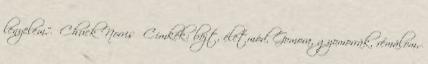
lenyelem.” Chuck Norris Címkék: böjt, életmód, Gomora, gyomorrák, rémálom,